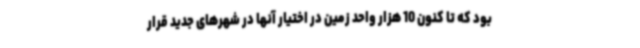
بود که تا کنون 10 هزار واحد زمین در اختیار آنها در شهرهای جدید قرار